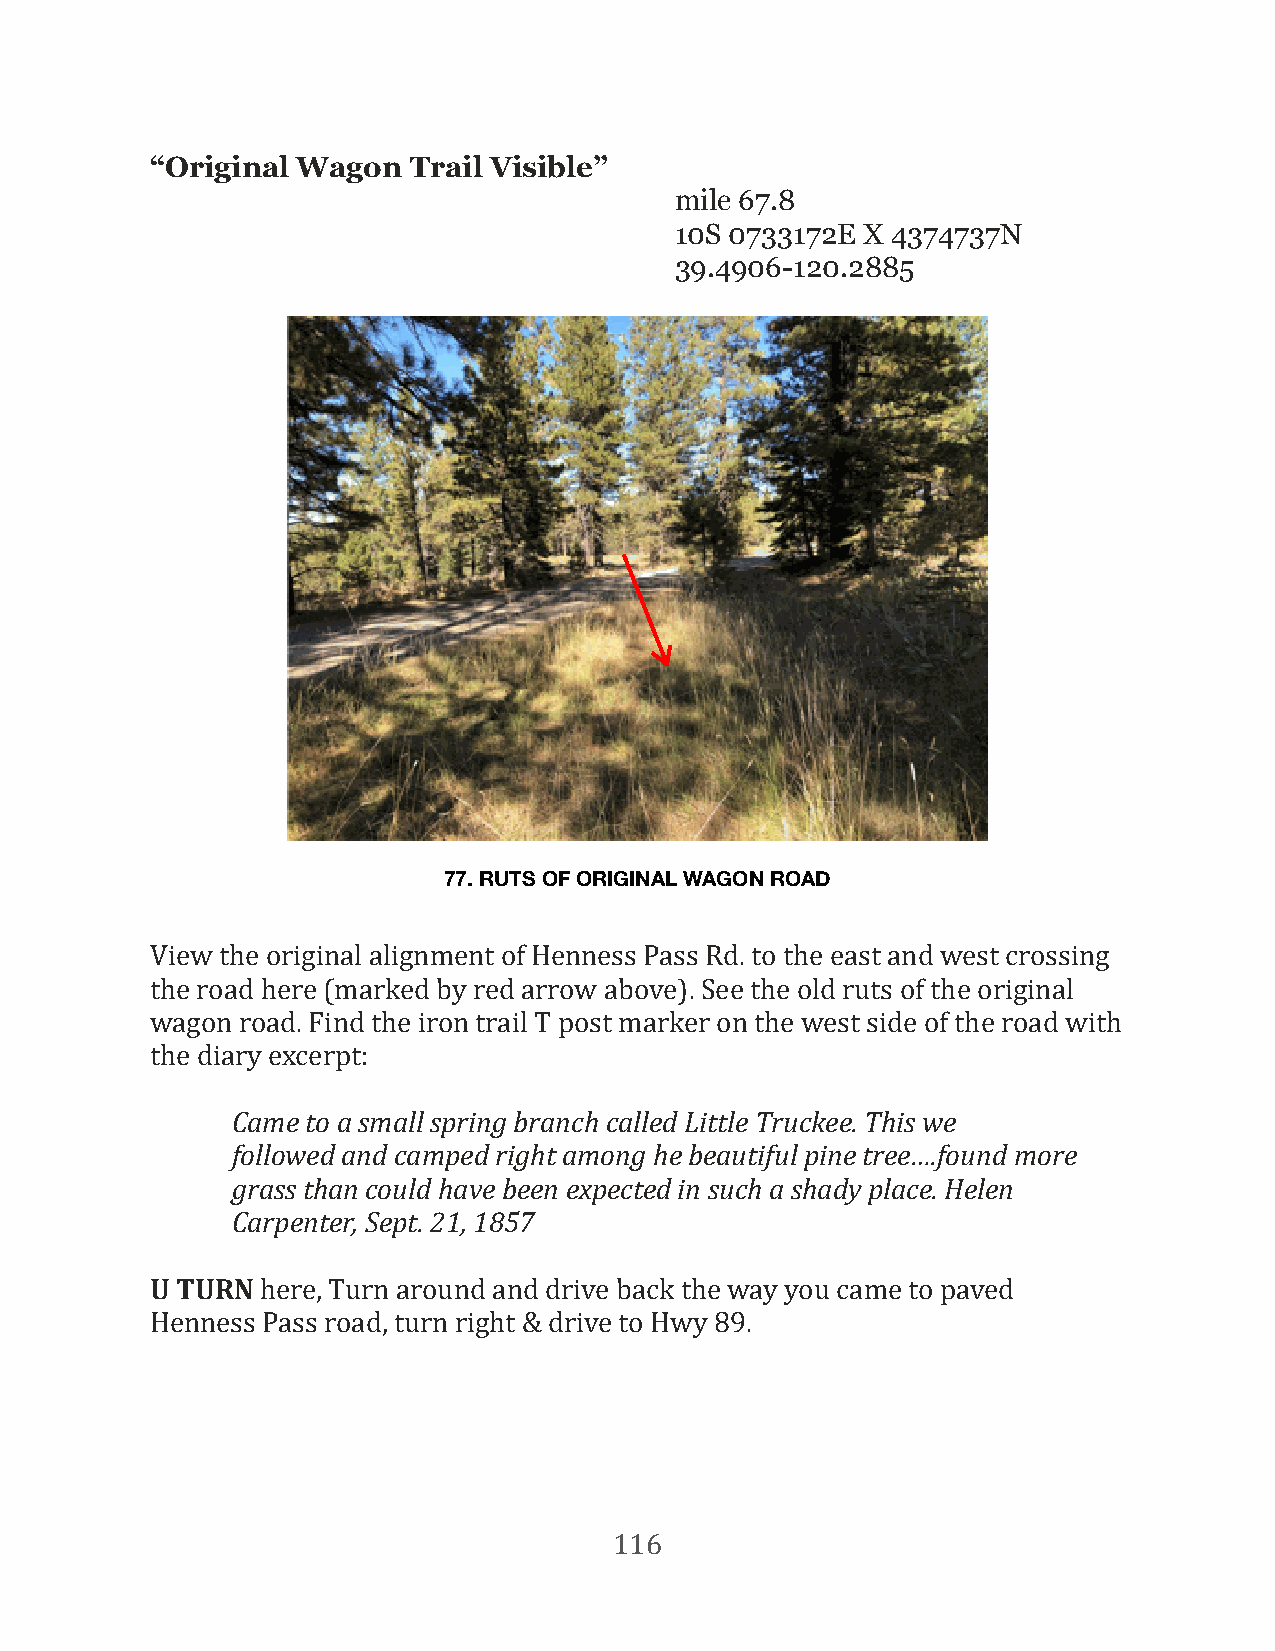
“Original Wagon  Trail Visible”
 mile 67.8
 10S 0733172E X 4374737N
 39.4906-120.2885
 77. RUTS OF ORIGINAL WAGON ROAD
 View the original alignment of Henness Pass Rd. to the east and west crossing
 the road here (marked by red arrow above). See the old ruts of the original
 wagon road. Find the iron trail T post marker on the west side of the road with
 the diary excerpt:
 Came to a small spring branch called Little Truckee. This we
 followed and camped right among he beautiful pine tree….found more
 grass than could have been expected in such a shady place. Helen
 Carpenter, Sept. 21, 1857
 U TURN here, Turn around and drive back the way you came to paved
 Henness Pass road, turn right & drive to Hwy 89.
 116